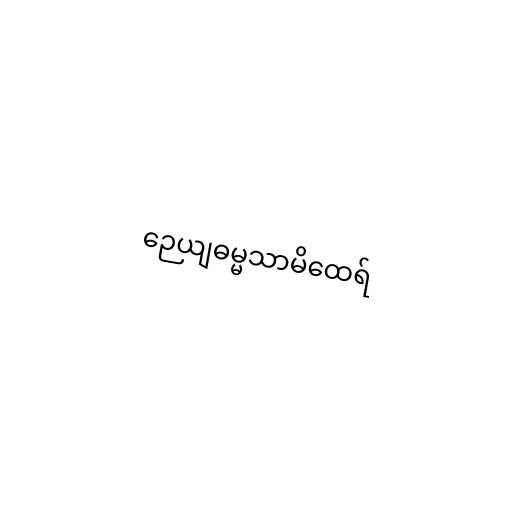
ဉေယျဓမ္မသာမိထေရ်